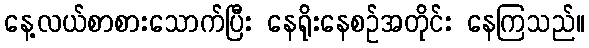
နေ့လယ်စာစားသောက်ပြီး နေရိုးနေစဉ်အတိုင်း နေကြသည်။